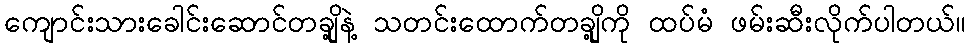
ကျောင်းသားခေါင်းဆောင်တချို့နဲ့ သတင်းထောက်တချို့ကို ထပ်မံ ဖမ်းဆီးလိုက်ပါတယ်။